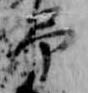
弔